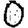
Digit: 0